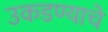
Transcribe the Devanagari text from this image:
उकडण्याचे